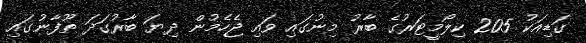
ގަޑިއަކު 205 ކިލޯމީޓަރުގެ ބާރު މިނުގައި ވައި ޖެހެމުން ދިޔަ ބާރުގަދަ ތޫފާނުގައި